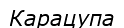
Карацупа